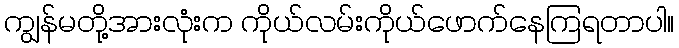
ကျွန်မတို့အားလုံးက ကိုယ်လမ်းကိုယ်ဖောက်နေကြရတာပါ။